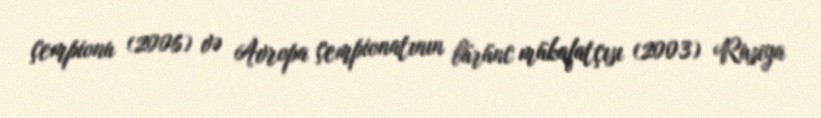
çempionu (2006) və Avropa çempionatının bürünc mükafatçısı (2003) Rusiya